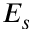
E _ { s }